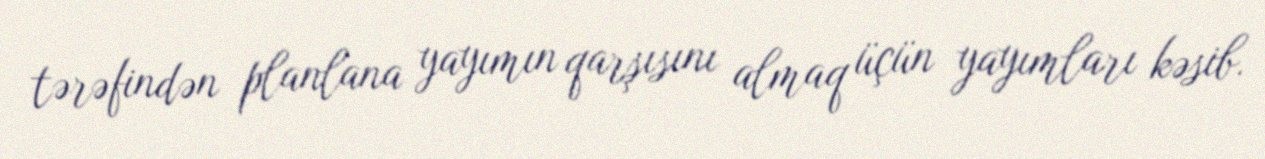
tərəfindən planlana yayımın qarşısını almaq üçün yayımları kəsib.